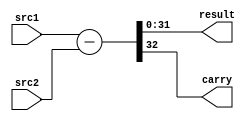
module ALU (
    output [31:0] result,
    output carry,
    input [31:0] src1,
    input [31:0] src2
);

    assign {carry, result} = src1 - src2;

endmodule